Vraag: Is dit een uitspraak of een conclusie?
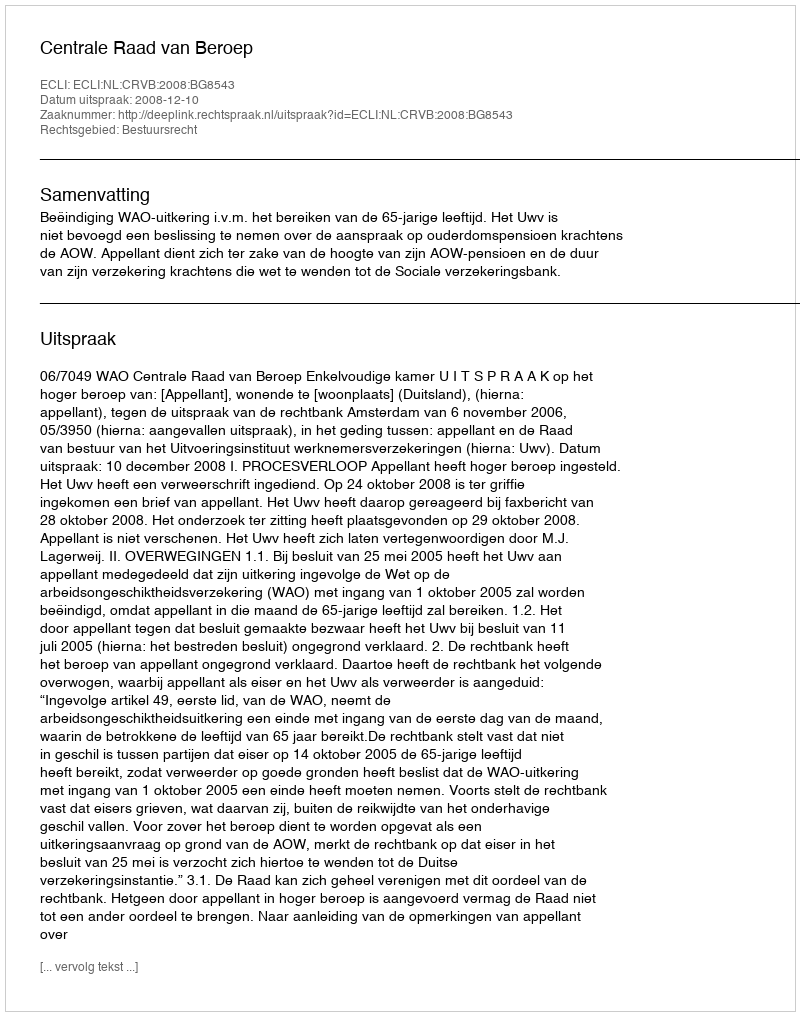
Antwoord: Uitspraak